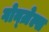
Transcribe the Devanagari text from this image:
गोन्ज़ेल्स